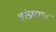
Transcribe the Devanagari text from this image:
मांड्यांवर